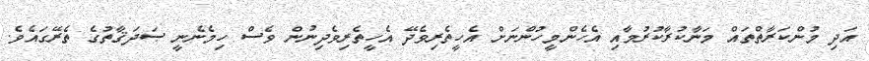
އަދި މުންކަރާތްތައް މަނާކުރާކުރުމާއި އެހެންމީހުންނަށް އެހީތެރިވެދޭ އެހީތެރިވެދިނުން ވެސް ހިމެނެނީ ޞަދަޤާތުގެ ތެރޭގައެވެ.